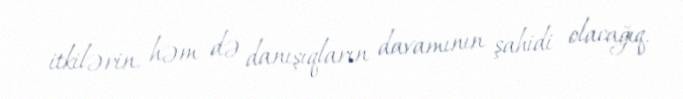
itkilərin, həm də danışıqların davamının şahidi olacağıq.